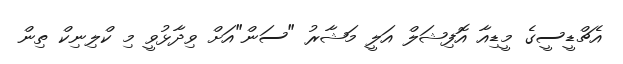
އެޗްޑީސީގެ މީޑިއާ އޮފިޝަލް އަލީ މަޝާރު "ސަން"އަށް ވިދާޅުވީ މި ކްލިނިކް ތިން